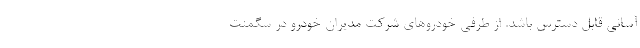
آسانی قابل دسترس باشد. از طرفی خودروهای شرکت مدیران خودرو در سگمنت